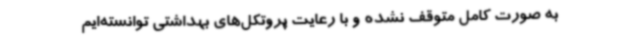
به صورت کامل متوقف نشده و با رعایت پروتکل‌های بهداشتی توانسته‌ایم